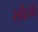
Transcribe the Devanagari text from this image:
सर्वस्मै